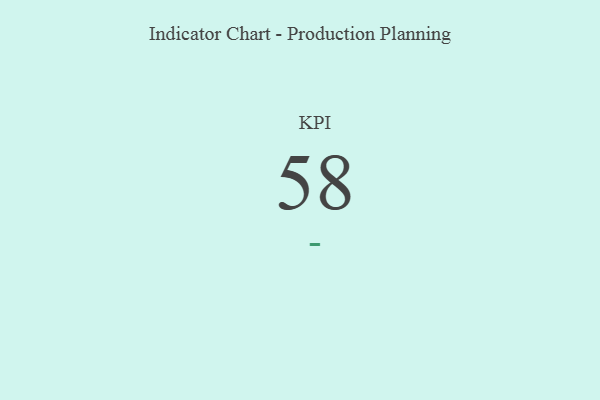
{"axis": {"x": "KPI", "y": "Value"}, "legend": [""], "data": [{"x": "KPI", "y": 58, "type": ""}]}